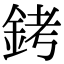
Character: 銬